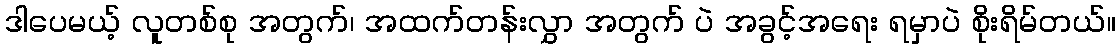
ဒါပေမယ့် လူတစ်စု အတွက်၊ အထက်တန်းလွှာ အတွက် ပဲ အခွင့်အရေး ရမှာပဲ စိုးရိမ်တယ်။